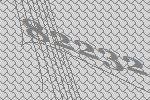
82232